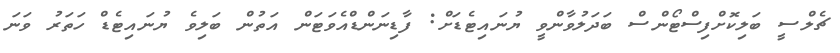
ޗެލްސީ ބަލިކޮށްފިސްޓޯންސް ބަދަލުވާންވީ ޔުނައިޓެޑަށް: ފާޑިނަންޑްއެވަޓަން އަތުން ބަލިވެ ޔުނައިޓެޑް ހަތަރު ވަނަ